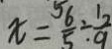
x = \frac { 5 6 } { 5 } \div \frac { 1 2 } { 9 }